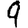
Digit: 9